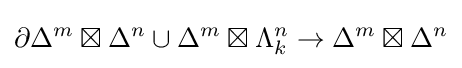
\partial \Delta ^{m}\boxtimes \Delta ^{n}\cup \Delta ^{m}\boxtimes \Lambda _{k}^{n}\rightarrow \Delta ^{m}\boxtimes \Delta ^{n}